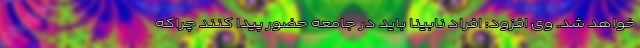
خواهد شد. وی افزود: افراد نابینا باید در جامعه حضور پیدا کنند چراکه